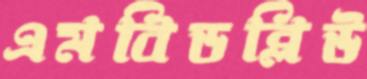
এমবিডব্লিউ